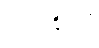
၁၇၈၂